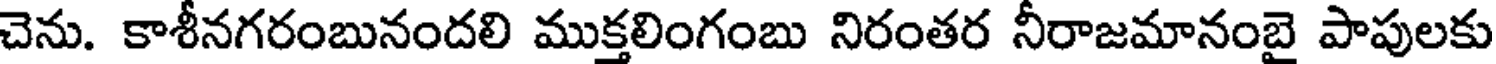
చెను. కాశీనగరంబునందలి ముక్తలింగంబు నిరంతర నీరాజమానంబై పాపులకు